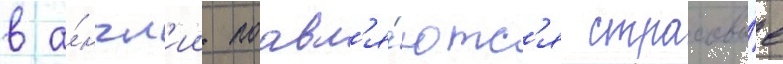
в а́нгл'ии поавл'я́ютс'я страховы́е